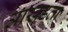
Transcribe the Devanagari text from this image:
आखडता